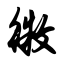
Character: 徵